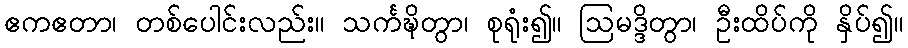
ဧကဧတာ၊ တစ်ပေါင်းလည်း။ သင်္ကဍ္ဎိတွာ၊ စုရုံး၍။ ဩမဒ္ဒိတွာ၊ ဦးထိပ်ကို နှိပ်၍။